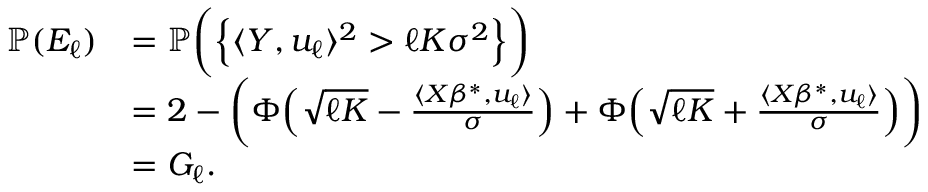
\begin{array} { r l } { \mathbb { P } ( E _ { \ell } ) } & { = \mathbb { P } \bigg ( \Big \{ \langle Y , u _ { \ell } \rangle ^ { 2 } > \ell K \sigma ^ { 2 } \Big \} \bigg ) } \\ & { = 2 - \bigg ( \Phi \Big ( \sqrt { \ell K } - \frac { \langle X \beta ^ { * } , u _ { \ell } \rangle } { \sigma } \Big ) + \Phi \Big ( \sqrt { \ell K } + \frac { \langle X \beta ^ { * } , u _ { \ell } \rangle } { \sigma } \Big ) \bigg ) } \\ & { = G _ { \ell } . } \end{array}